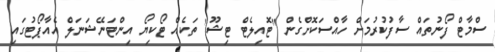
ސްމާޓް ފޯނުތައް ސާފުކުރުމަށް ހާއްސަކޮށްގެން "ޓޮއިލެޓް ޓިޝޫ" ތަކެއް ޓޯކިޔޯ އިންޓަނޭޝަނަލް އެއާޕޯޓުގައި